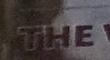
the